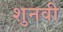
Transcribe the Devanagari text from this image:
शुनवी